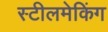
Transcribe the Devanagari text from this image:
स्टीलमेकिंग